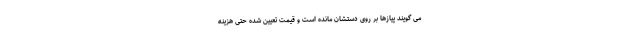
می گویند پیازها بر روی دستشان مانده است و قیمت تعیین شده حتی هزینه